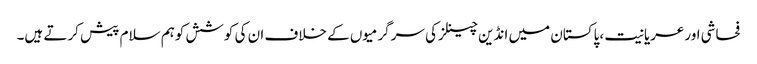
فحاشی اورعریانیت ،پاکستان میں انڈین چینلزکی سرگرمیوں کے خلاف ان کی کوشش کوہم سلام پیش کرتے ہیں۔